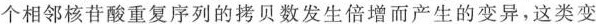
个相邻核苷酸重复序列的拷贝数发生倍增而产生的变异，这类变